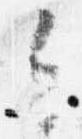
今